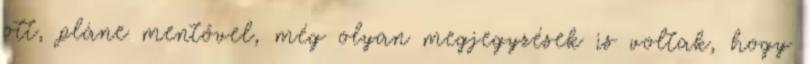
ott, pláne mentővel, még olyan megjegyzések is voltak, hogy